Insane asylums Bombay 1873-77 - 1873-1877
Year: 1873
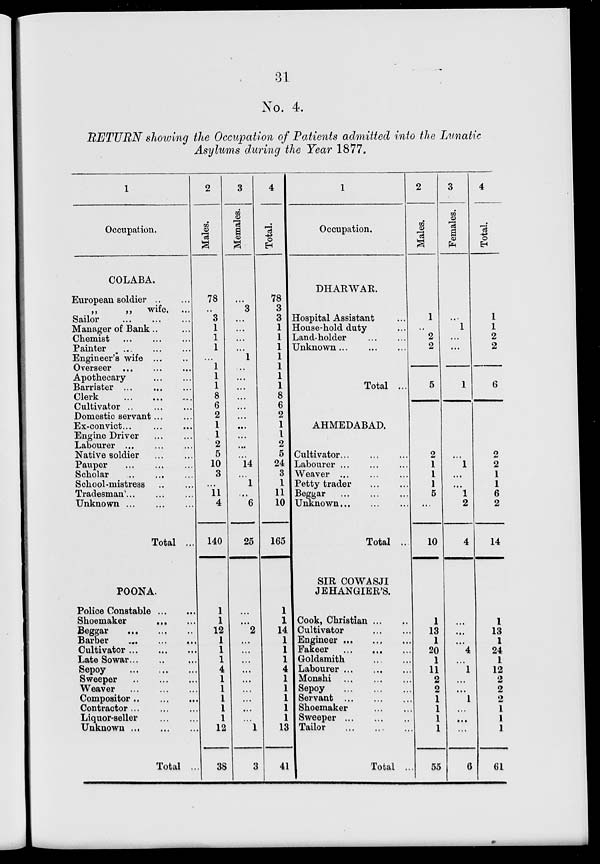
31
No. 4.
RETURN showing the Occupation of Patients admitted into the Lunatic
Asylums during the Year 1877.
1
Occupation.
COLABA.
European soldier ... ...
„
„
wife.
...
Sailor
...
...
...
Manager of Bank ... ...
Chemist ... ... ...
Painter ... ... ...
Engineer's wife
Overseer ... ... ...
Apothecary ... ...
Barrister
...
...
...
Clerk
...
...
...
Cultivator ... ... ...
Domestic servant ... ...
Ex-convict ...
...
...
Engine Driver
...
...
Labourer
...
...
...
Native soldier
...
...
Pauper
...
...
...
Scholar
...
...
...
School-mistress ... ...
Tradesman ... ... ...
Unknown
...
...
...
Total ...
POONA.
Police Constable ... ...
Shoemaker
...
...
Beggar
...
...
...
Barber
...
...
...
Cultivator ... ... ...
Late Sowar ... ... ...
Sepoy
...
...
...
Sweeper
...
...
...
Weaver
...
...
...
Compositor ... ... ...
Contractor ... ... ...
Liquor-seller
...
...
Unknown
...
...
...
Total ...
2
Males.
78
..
3
1
1
1
1 1
1
1
8
6
2
1
1
2
5
10
3
...
11
4
140
1
1
12
1
1
1
4
1
1
1
1
1
12
38
3
Females.
...
3
...
...
...
...
1
...
...
...
...
...
...
...
...
...
14
...
1
...
6
25
...
...
2
...
...
...
...
...
...
...
...
...
1
3
4
Totals.
78
3
3
1
1
1
1
1
1
1
8
6
2
1
1
2
5
24
3
1
11
10
165
1
1
14
1
1
1
4
1
1
1
1
1
13
41
1
Occupation.
DHARWAR.
Hospital Assistant ...
House-hold duty ...
Land-holder ... ...
Unknown ... ... ...
Total ...
AHMEDABAD.
Cultivator ... ... ...
Labourer ... ... ...
Weaver
...
...
...
Petty trader ... ...
Beggar
...
...
...
Unknown ... ... ...
Total ...
SIR COWASJI
JEHANGIER'S.
Cook, Christian ... ...
Cultivator ... ...
Engineer ... ... ...
Fakeer
...
...
...
Goldsmith
...
...
Labourer ... ... ...
Monshi
...
...
...
Sepoy
...
...
...
Servant
...
...
...
Shoemaker ... ...
Sweeper
...
...
...
Tailor
...
...
...
Total ...
2
Males.
1
...
2
2
5
2
1
1
1
5
...
10
1
13
1
20
1
11
2
2
1
1
1
1
55
3
Females.
...
1
...
...
1
...
1
...
...
1
2
4
...
...
...
4
...
1
...
...
1
...
...
...
6
4
Total.
1
1
2
2
6
2
2
1
1
6
2
14
1
13
1
24
1
12
2
2
2
1
1
1
61